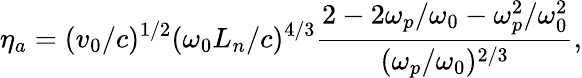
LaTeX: \eta_{a}=(v_{0}/c)^{1/2}(\omega_{0}L_{n}/c)^{4/3}\frac{2-2\omega_{p}/\omega_{0}-\omega_{p}^{2}/\omega_{0}^{2}}{(\omega_{p}/\omega_{0})^{2/3}},